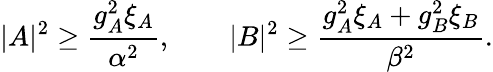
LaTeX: |A|^{2}\geq\frac{g_{A}^{2}\xi_{A}}{\alpha^{2}},\qquad|B|^{2}\geq\frac{g_{A}^{2}\xi_{A}+g_{B}^{2}\xi_{B}}{\beta^{2}}.